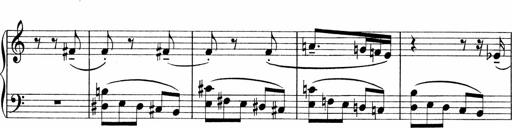
Title: Sonatina No.1
Composer: Otto Stoll
Key: C major